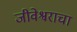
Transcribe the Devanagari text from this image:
जीवेश्वराचा